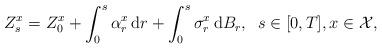
LaTeX: \begin{align*}Z^x_s=Z_0^x+\int_0^s \alpha^x_r\,\mathrm{d}r+\int_0^s \sigma^x_r\,\mathrm{d}B_r,\;\;s\in[0,T],x\in\mathcal{X},\end{align*}